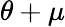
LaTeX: \theta+\mu